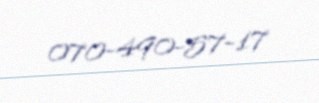
070-490-57-17